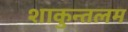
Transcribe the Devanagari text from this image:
शाकुन्तलम